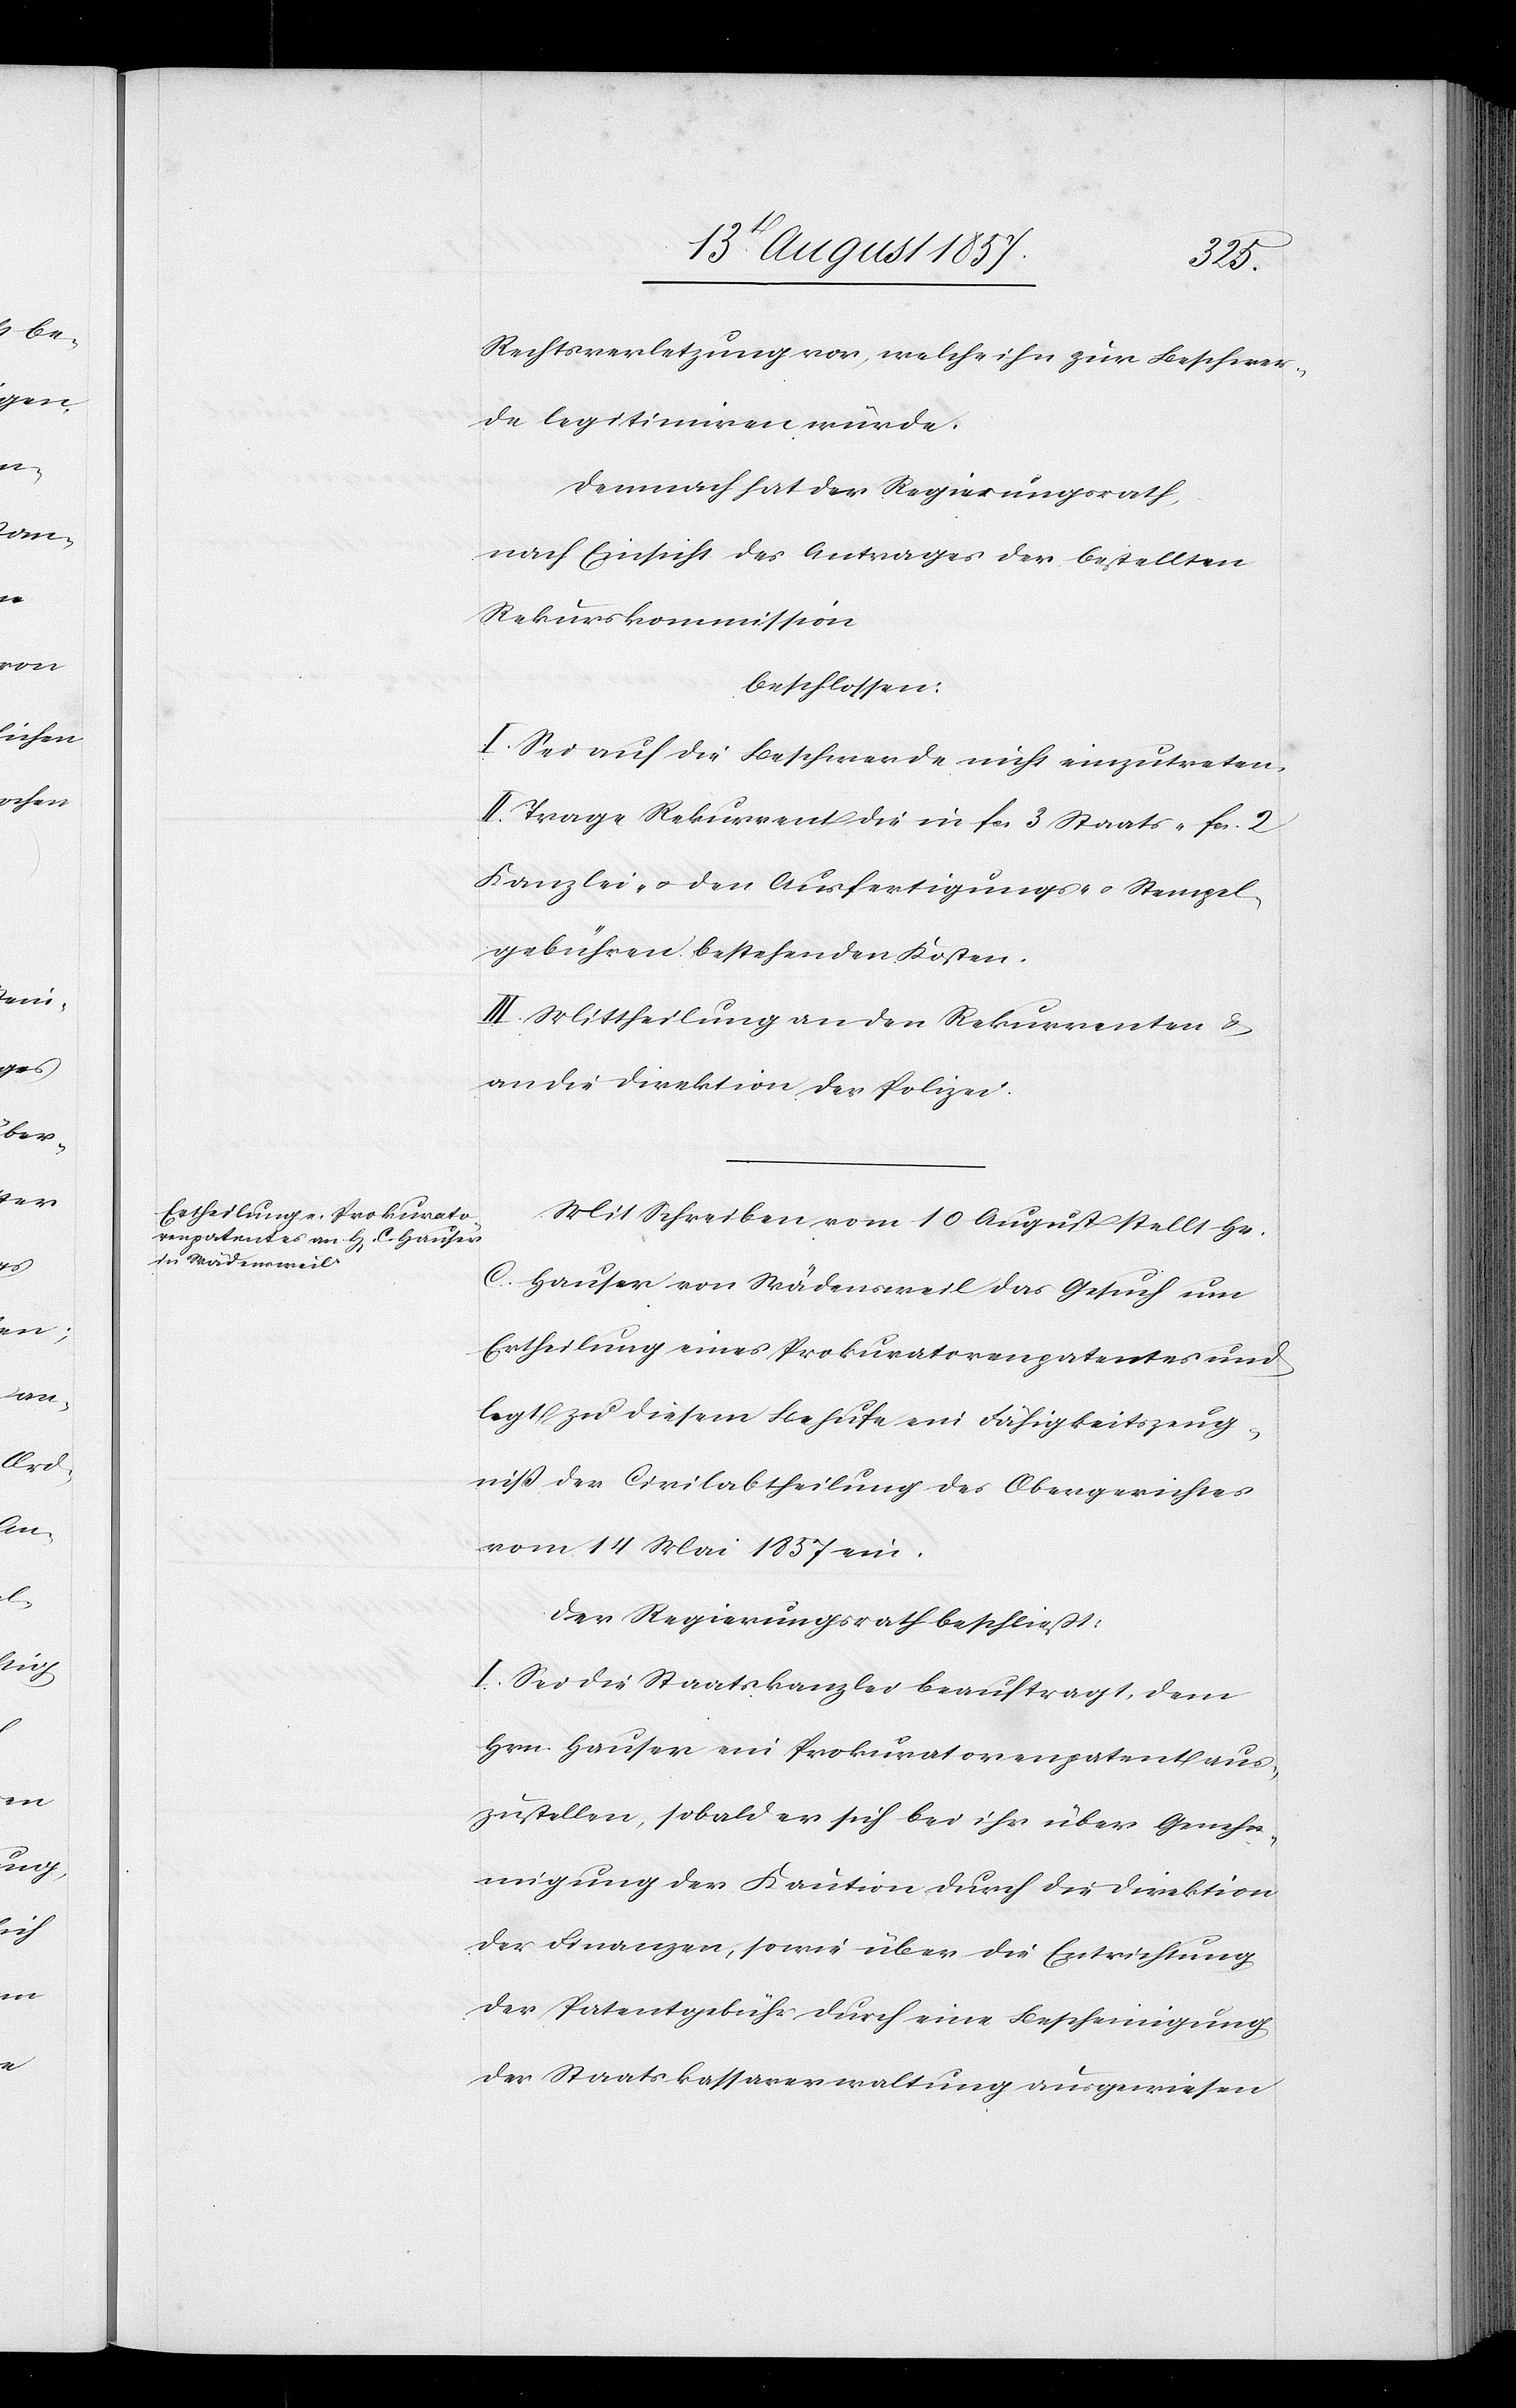
Rechtsverletzung vor, welche ihn zur Beschwer¬
de legitimiren würde.
Demnach hat der Regierungsrath,
nach Einsicht des Antrages der bestellten
Rekurskommission,
beschlossen:
I. Sei auf die Beschwerde nicht einzutreten.
II. Trage Rekurrent die in fcs 3 Staats-[,] fcs 2
Kanzlei- & den Ausfertigungs- & Stempel¬
gebühren bestehenden Kosten.
III. Mittheilung an den Rekurrenten &
an die Direktion der Polizei.
Mit Schreiben vom 10 August stellt Hr.
C. Hauser von Wädensweil das Gesuch um
Ertheilung eines Prokuratorenpatentes und
legt zu diesem Behufe ein Fähigkeitszeug¬
niß der Civilabtheilung des Obergerichtes
vom 14 Mai 1857 ein.
Der Regierungsrath beschließt:
I. Sei die Staatskanzlei beauftragt, dem
Hrn. Hauser ein Prokuratorenpatent aus¬
zustellen, sobald er sich bei ihr über Genehm¬
igung der Kaution durch die Direktion
der Finanzen, sowie über die Entrichtung
der Patentgebühr, durch eine Bescheinigung
der Staatskassaverwaltung ausgewiesen